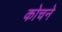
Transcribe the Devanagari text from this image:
कोचने